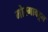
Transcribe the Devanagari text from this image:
मोरगावहून